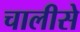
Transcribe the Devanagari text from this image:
चालीसे